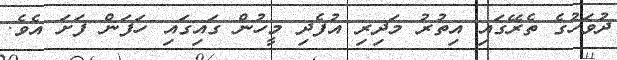
ދުވަހުގެ ތެރޭގައި އިތުރު މަދިރި އުފެދި މީހުން ގައިގައި ހަފަން ފަށަ އެވެ.